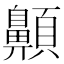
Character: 𩕬